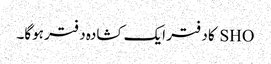
SHO کا دفتر ایک کشادہ دفتر ہوگا۔